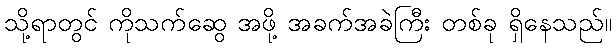
သို့ရာတွင် ကိုသက်ဆွေ အဖို့ အခက်အခဲကြီး တစ်ခု ရှိနေသည်။